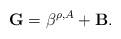
LaTeX: \begin{align*}\mathbf{G}=\beta^{\rho,A}+\mathbf{B}.\end{align*}